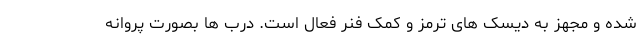
شده و مجهز به دیسک های ترمز و کمک فنر فعال است. درب ها بصورت پروانه